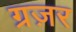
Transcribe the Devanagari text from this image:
ग्रज़र